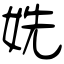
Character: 姺